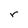
Character: r